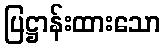
ပြဋ္ဌာန်းထားသော